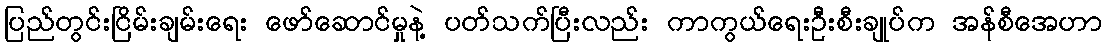
ပြည်တွင်းငြိမ်းချမ်းရေး ဖော်ဆောင်မှုနဲ့ ပတ်သက်ပြီးလည်း ကာကွယ်ရေးဦးစီးချုပ်က အန်စီအေဟာ